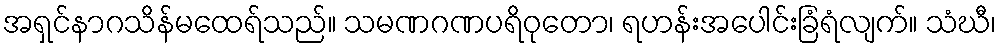
အရှင်နာဂသိန်မထေရ်သည်။ သမဏဂဏပရိဝုတော၊ ရဟန်းအပေါင်းခြံရံလျက်။ သံဃီ၊